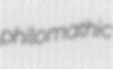
philomathic